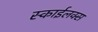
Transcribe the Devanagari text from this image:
स्काईलक्स